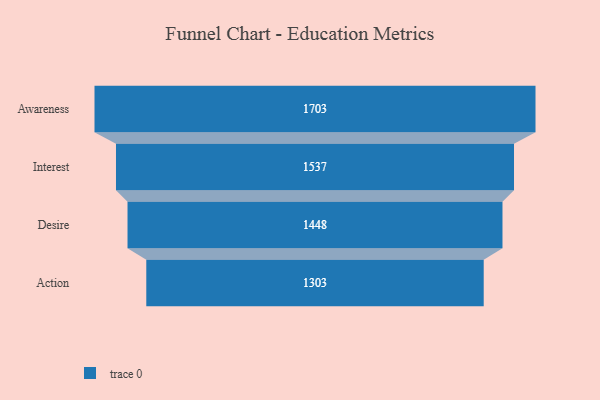
{"axis": {"x": "Stage", "y": "Value"}, "legend": [""], "data": [{"x": "Awareness", "y": 1703.0, "type": ""}, {"x": "Interest", "y": 1537.0, "type": ""}, {"x": "Desire", "y": 1448.0, "type": ""}, {"x": "Action", "y": 1303.0, "type": ""}]}